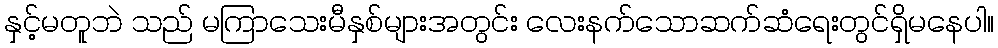
နှင့်မတူဘဲ သည် မကြာသေးမီနှစ်များအတွင်း လေးနက်သောဆက်ဆံရေးတွင်ရှိမနေပါ။